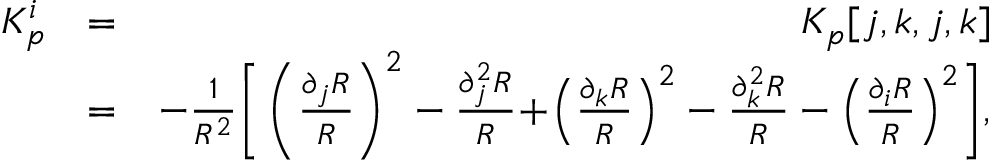
\begin{array} { r l r } { K _ { p } ^ { i } } & { = } & { K _ { p } [ j , k , j , k ] } \\ & { = } & { - \frac { 1 } { R ^ { 2 } } \bigg [ \left( \frac { \partial _ { j } R } { R } \right) ^ { 2 } - \frac { \partial _ { j } ^ { 2 } R } { R } \! + \! \left( \frac { \partial _ { k } R } { R } \right) ^ { 2 } - \frac { \partial _ { k } ^ { 2 } R } { R } - \left( \frac { \partial _ { i } R } { R } \right) ^ { 2 } \! \bigg ] , } \end{array}